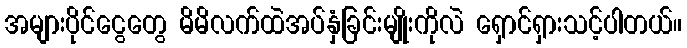
အများပိုင်ငွေတွေ မိမိလက်ထဲအပ်နှံခြင်းမျိုးကိုလဲ ရှောင်ရှားသင့်ပါတယ်။